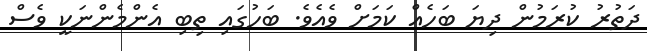
ދަތުރު ކުރަމުން ދިޔަ ބަހެއް ކަމަށް ވެއެވެ. ބަހުގައި ތިބި އެންމެންނަކީ ވެސް